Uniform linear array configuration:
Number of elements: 48
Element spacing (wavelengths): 0.75
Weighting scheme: hann
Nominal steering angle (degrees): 30
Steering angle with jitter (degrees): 28.661
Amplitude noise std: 0.05
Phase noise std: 0.05

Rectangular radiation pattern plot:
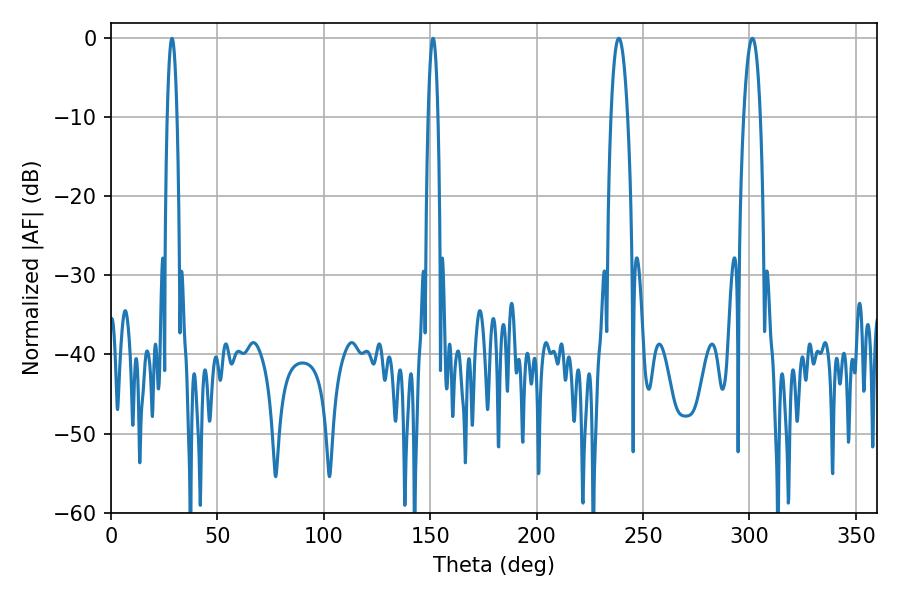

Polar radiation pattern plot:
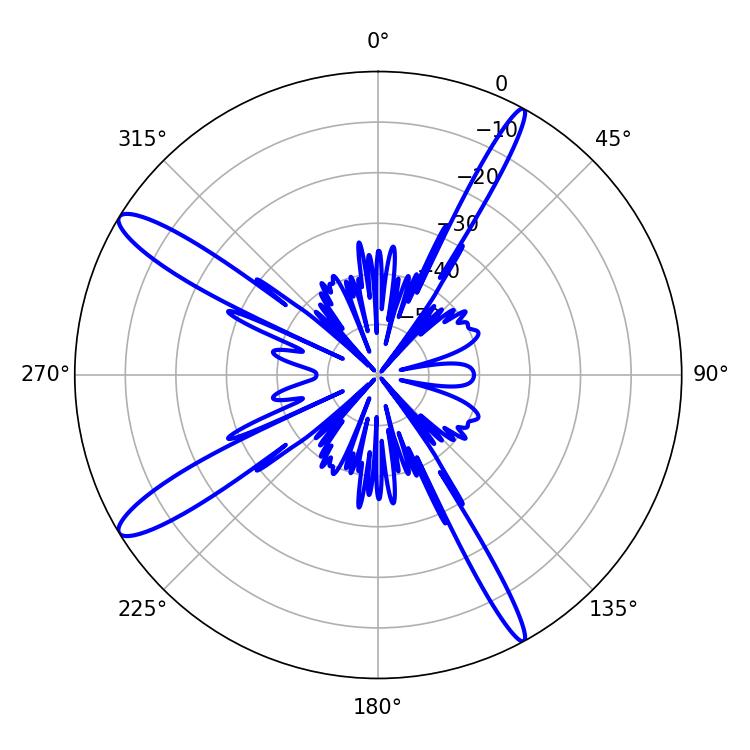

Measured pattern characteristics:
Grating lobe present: TRUE
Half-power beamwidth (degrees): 4.32
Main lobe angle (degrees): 301.32